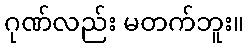
ဂုဏ်လည်း မတက်ဘူး။